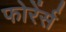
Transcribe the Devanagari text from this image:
फोरेंर्स